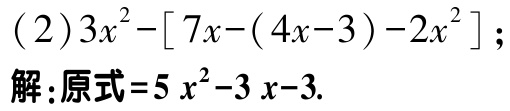
8.计算 \(2\times3+(-4)\)的结果为\(\underline{\quad\quad}\).